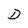
Character: D